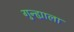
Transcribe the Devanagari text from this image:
गुन्ह्याला